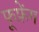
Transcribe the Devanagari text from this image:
फूफ़ेंग